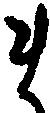
ま